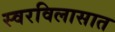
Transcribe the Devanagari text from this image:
स्वरविलासात